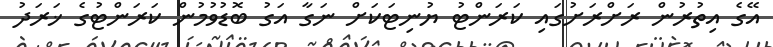
އޭގެ އިތުރުން ރަށްރަށުގައި ކަރަންޓު ޔުނިޓަކަށް ނަގާ އަގު ބޮޑުވުމުން ކަރަންޓުގެ ޚަރަދު